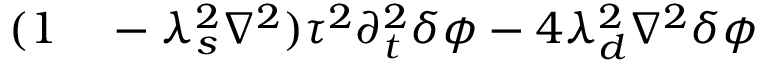
\begin{array} { r l } { ( 1 } & { { } - \lambda _ { s } ^ { 2 } \nabla ^ { 2 } ) \tau ^ { 2 } \partial _ { t } ^ { 2 } \delta \phi - 4 \lambda _ { d } ^ { 2 } \nabla ^ { 2 } \delta \phi } \end{array}